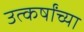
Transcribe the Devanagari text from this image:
उत्कर्षांच्या